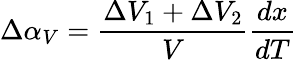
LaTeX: \Delta\alpha_{V}=\frac{\Delta V_{1}+\Delta V_{2}}{V}\frac{dx}{dT}